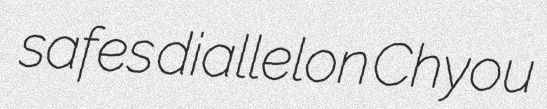
safes diallelon Chyou